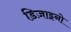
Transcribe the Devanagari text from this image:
डिज़ाइनो